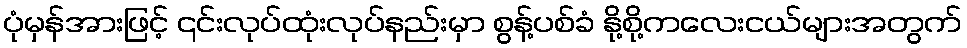
ပုံမှန်အားဖြင့် ၎င်းလုပ်ထုံးလုပ်နည်းမှာ စွန့်ပစ်ခံ နို့စို့ကလေးငယ်များအတွက်